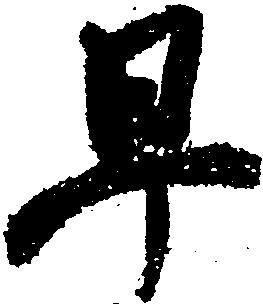
早